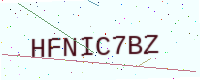
Text: HFNIC7BZ